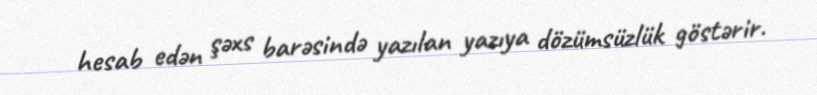
hesab edən şəxs barəsində yazılan yazıya dözümsüzlük göstərir.